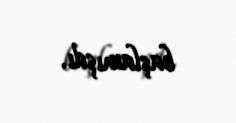
başlamışdı.